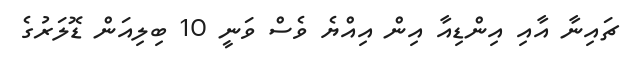
ޗައިނާ އާއި އިންޑިއާ އިން އިއްޔެ ވެސް ވަނީ 10 ބިލިއަން ޑޮލަރުގެ